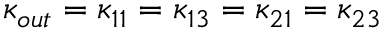
{ { \kappa } _ { o u t } } = { { \kappa } _ { 1 1 } } = { { \kappa } _ { 1 3 } } = { { \kappa } _ { 2 1 } } = { { \kappa } _ { 2 3 } }